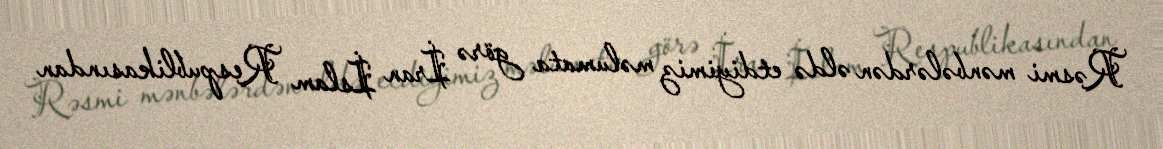
Rəsmi mənbələrdən əldə etdiyimiz məlumata görə İran İslam Respublikasından